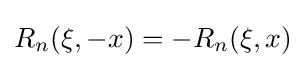
R_{n}(\xi ,-x)=-R_{n}(\xi ,x)